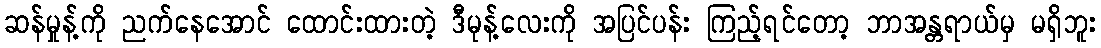
ဆန်မှုန့်ကို ညက်နေအောင် ထောင်းထားတဲ့ ဒီမုန့်လေးကို အပြင်ပန်း ကြည့်ရင်တော့ ဘာအန္တရာယ်မှ မရှိဘူး